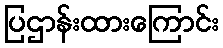
ပြဌာန်းထားကြောင်း